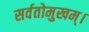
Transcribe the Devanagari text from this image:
सर्वतोमुखम्।